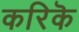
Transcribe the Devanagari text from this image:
करिकॆ